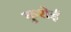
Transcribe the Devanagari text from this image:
कुशेई